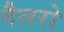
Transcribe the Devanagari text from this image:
गैलरो